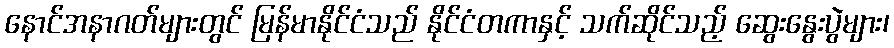
နောင်အနာဂတ်များတွင် မြန်မာနိုင်ငံသည် နိုင်ငံတကာနှင့် သက်ဆိုင်သည့် ဆွေးနွေးပွဲများ၊